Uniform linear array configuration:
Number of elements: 12
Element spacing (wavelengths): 0.25
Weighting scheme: hamming
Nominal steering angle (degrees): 0
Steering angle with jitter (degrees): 1.556
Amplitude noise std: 0.05
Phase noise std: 0.05

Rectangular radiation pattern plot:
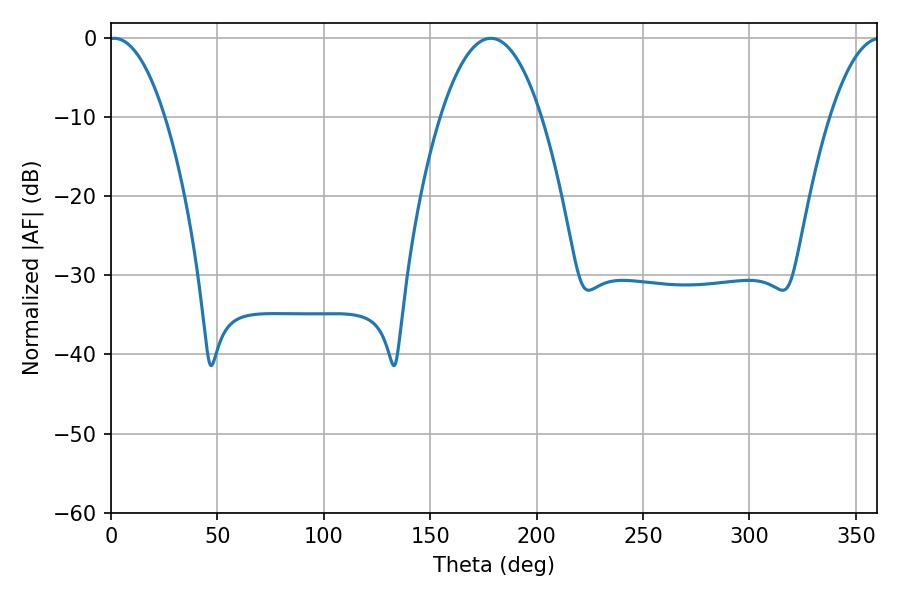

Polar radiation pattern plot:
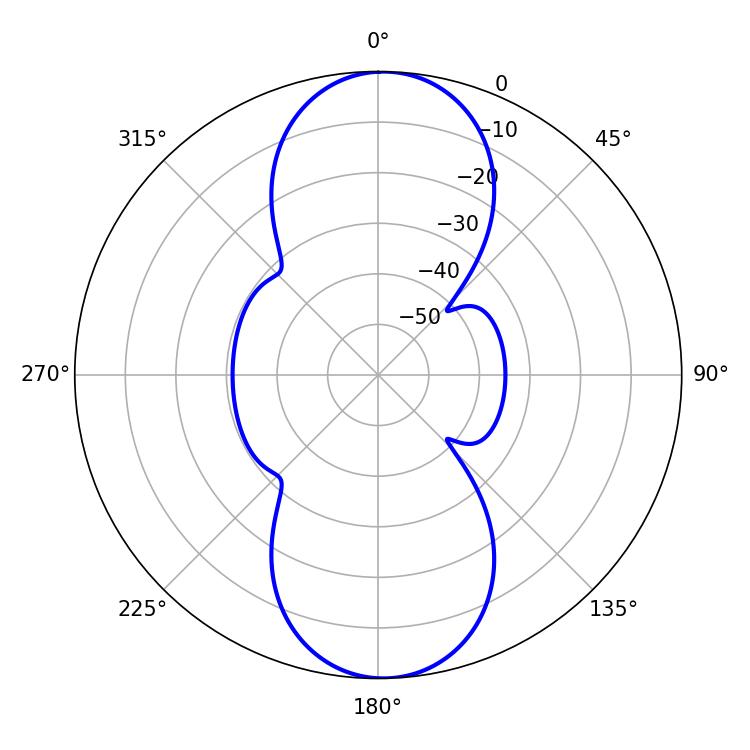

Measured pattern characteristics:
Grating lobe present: FALSE
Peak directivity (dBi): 19.13
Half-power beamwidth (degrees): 14.58
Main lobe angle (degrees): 1.44